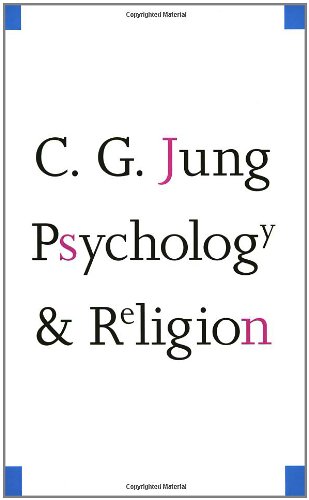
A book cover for Psychology and Religion (The Terry Lectures Series); Carl Gustav Jung; Science & Math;